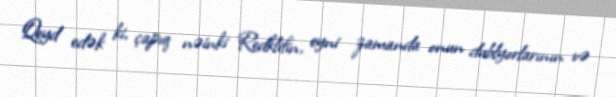
Qeyd edək ki, çapıq nəinki Redklifin, eyni zamanda onun dublyorlarının və